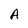
Character: A